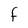
Character: f